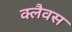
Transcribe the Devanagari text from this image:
क्लैवस